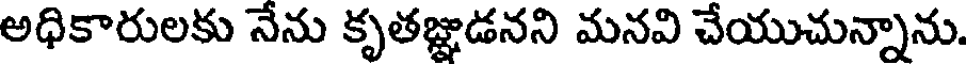
అధికారులకు నేను కృతజ్ఞుడనని మనవి చేయుచున్నాను.